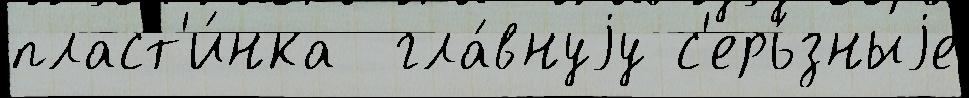
пласт'и́нка  гла́внуjу с'ерь́зныjе